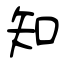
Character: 知